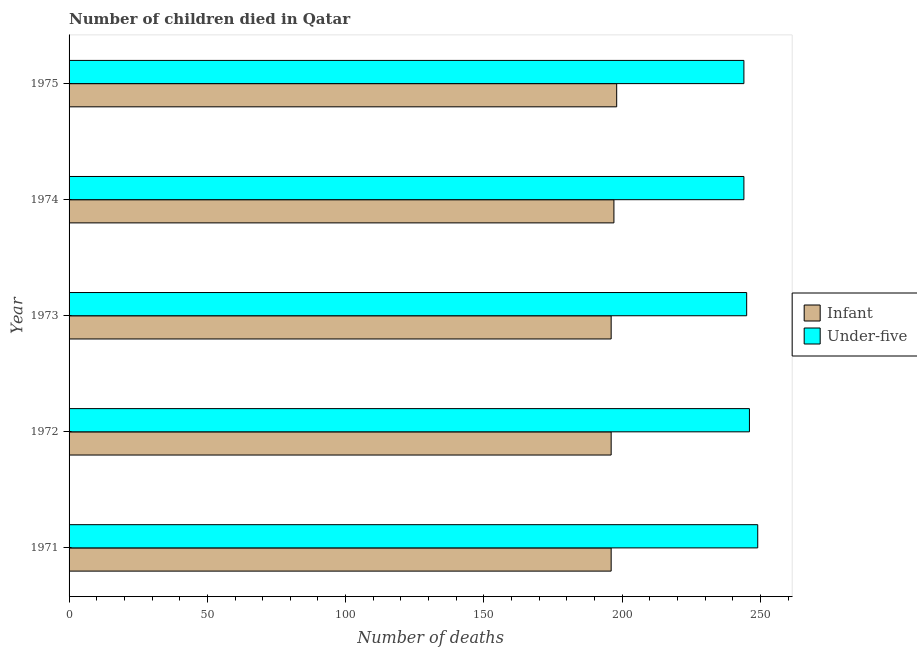
| Year | Infant | Under-five |
 | --- | --- | --- |
 | 1971 | 196 | 249 |
 | 1972 | 196 | 246 |
 | 1973 | 196 | 245 |
 | 1974 | 197 | 244 |
 | 1975 | 198 | 244 |